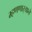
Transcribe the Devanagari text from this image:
म्हणणार्‍याने